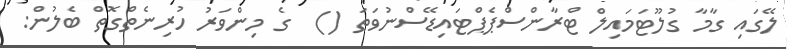
ލޭގައި ގާމާ ގުލޫޓަމައިލް ޓްރާންސްޕެޕްޓައިޑޭސްނުވަތަ ()  ގެ މިންވަރު ހުރިނެތްގޮތް ބެލުން: